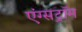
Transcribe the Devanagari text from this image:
एंग्सट्रॉम